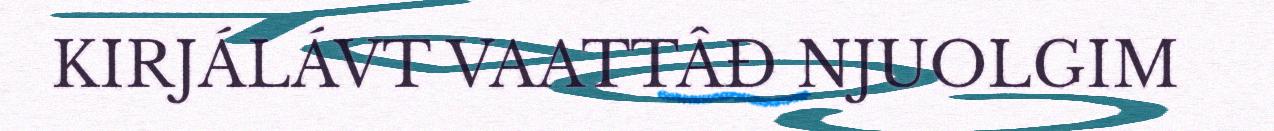
KIRJÁLÁVT VAATTÂĐ NJUOLGIM